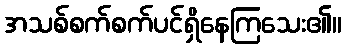
အသစ်စက်စက်ပင်ရှိနေကြသေး၏။